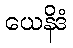
ယေနိဒံ